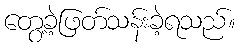
တွေ့ခဲ့ဖြတ်သန်းခဲ့ရသည်။